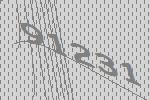
91231